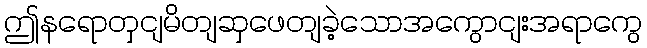
ဤနရောတှငျမိတျဆှဖေတျခဲ့သောအကွောငျးအရာကွေ